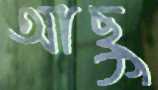
আছু